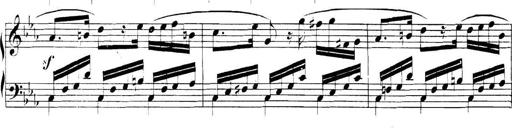
Title: Collected Piano Sonatas
Composer: Muzio Clementi